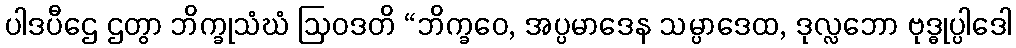
ပါဒပီဌေ ဌတွာ ဘိက္ခုသံဃံ ဩဝဒတိ “ဘိက္ခဝေ, အပ္ပမာဒေန သမ္ပာဒေထ, ဒုလ္လဘော ဗုဒ္ဓုပ္ပါဒေါ